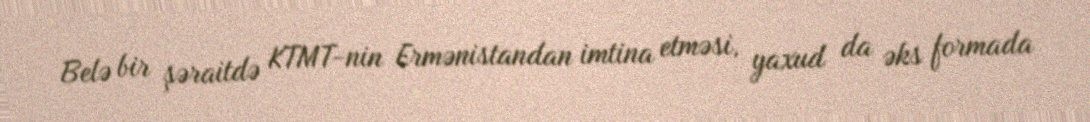
Belə bir şəraitdə KTMT-nin Ermənistandan imtina etməsi, yaxud da əks formada